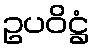
ဥပဝိဋ္ဌံ